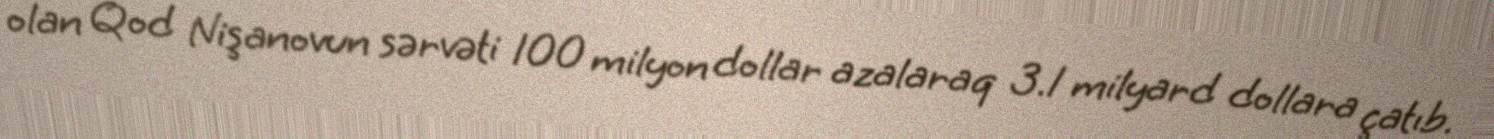
olan Qod Nişanovun sərvəti 100 milyon dollar azalaraq 3.1 milyard dollara çatıb.